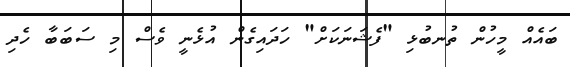
ބައެއް މީހުން ތުނބުޅި "ފެޝަނަކަށް" ހަދައިގެން އުޅެނީ ވެސް މި ސަބަބާ ހެދި